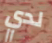
لدي